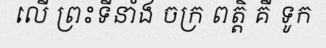
លើ ព្រះទីនាំង ចក្រ ពត្តិ គឺ ទូក